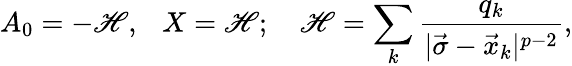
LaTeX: A_{0}=-\mathscr{H},\ \ \ X=\mathscr{H};\ \ \ \ \mathscr{H}=\sum_{k}{\frac{{q_{k}}}{{|\vec{{\sigma}}-\vec{{x}}_{k}|^{p-2}}}},